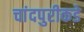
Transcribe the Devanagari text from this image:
चांदपुरीकडे